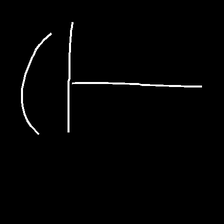
Glyph: dispersion